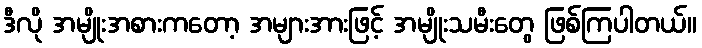
ဒီလို အမျိုးအစားကတော့ အများအားဖြင့် အမျိုးသမီးတွေ ဖြစ်ကြပါတယ်။